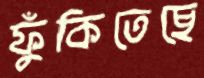
ফুঁকিতেছে